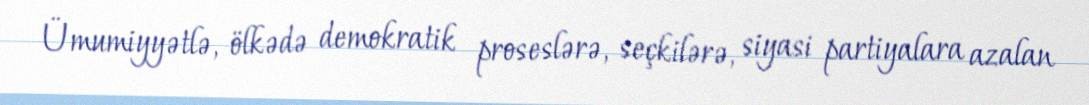
Ümumiyyətlə, ölkədə demokratik proseslərə, seçkilərə, siyasi partiyalara azalan